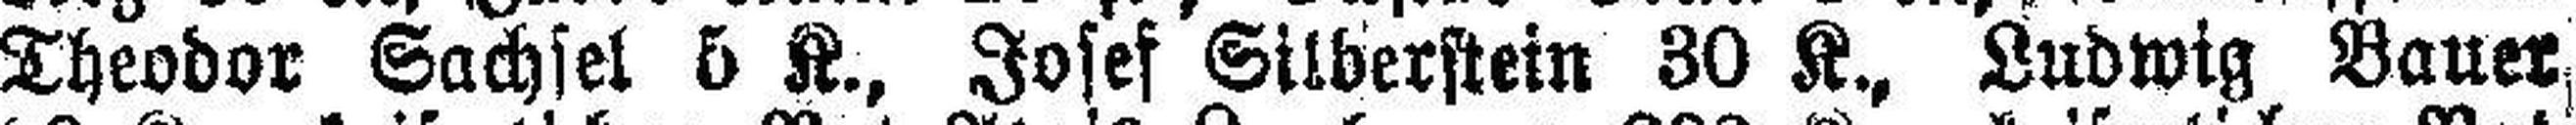
Theodor Sachsel 5 K., Josef Silberstein 30 K., Ludwig Bauer